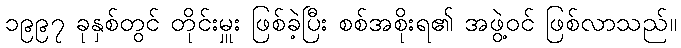
၁၉၉၇ ခုနှစ်တွင် တိုင်းမှူး ဖြစ်ခဲ့ပြီး စစ်အစိုးရ၏ အဖွဲ့ဝင် ဖြစ်လာသည်။